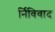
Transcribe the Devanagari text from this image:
र्निविवाद